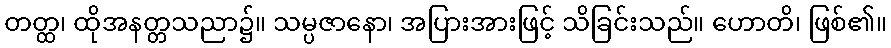
တတ္ထ၊ ထိုအနတ္တသညာ၌။ သမ္ပဇာနော၊ အပြားအားဖြင့် သိခြင်းသည်။ ဟောတိ၊ ဖြစ်၏။